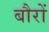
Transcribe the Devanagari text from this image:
बौरों